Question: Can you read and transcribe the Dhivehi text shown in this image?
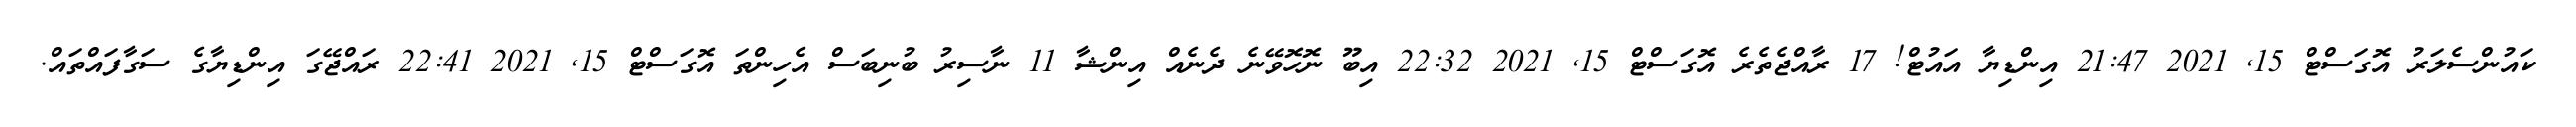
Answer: ކައުންސެލަރު އޮގަސްޓް 15, 2021 21:47 އިންޑިޔާ އައުޓް! 17 ރާއްޖެތެރެ އޮގަސްޓް 15, 2021 22:32 އިބޫ ނޮހޮވޭނެ ދެނެއް އިންޝާ 11 ނާސިރު ބުނިބަސް އެހިންތަ އޮގަސްޓް 15, 2021 22:41 ރައްޖޭގަ އިންޑިޔާގެ ސަގާފައްތައް.